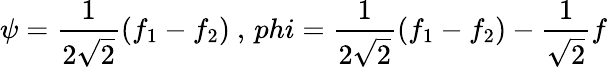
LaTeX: \psi=\frac{1}{2\sqrt{2}}(f_{1}-f_{2})\ ,\, phi=\frac{1}{2\sqrt{2}}(f_{1}-f_{2})-\frac{1}{\sqrt{2}}f